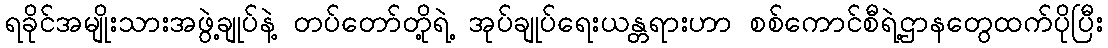
ရခိုင်အမျိုးသားအဖွဲ့ချုပ်နဲ့ တပ်တော်တို့ရဲ့ အုပ်ချုပ်ရေးယန္တရားဟာ စစ်ကောင်စီရဲ့ဌာနတွေထက်ပိုပြီး